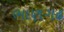
ભાણગઢ